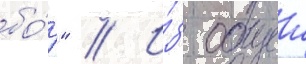
бо́р" // И́з общеи